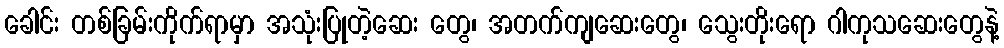
ခေါင်း တစ်ခြမ်းကိုက်ရာမှာ အသုံးပြုတဲ့ဆေး တွေ၊ အတက်ကျဆေးတွေ၊ သွေးတိုးရော ဂါကုသဆေးတွေနဲ့